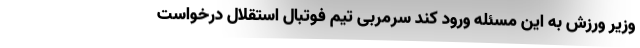
وزیر ورزش به این مسئله ورود کند سرمربی تیم فوتبال استقلال درخواست